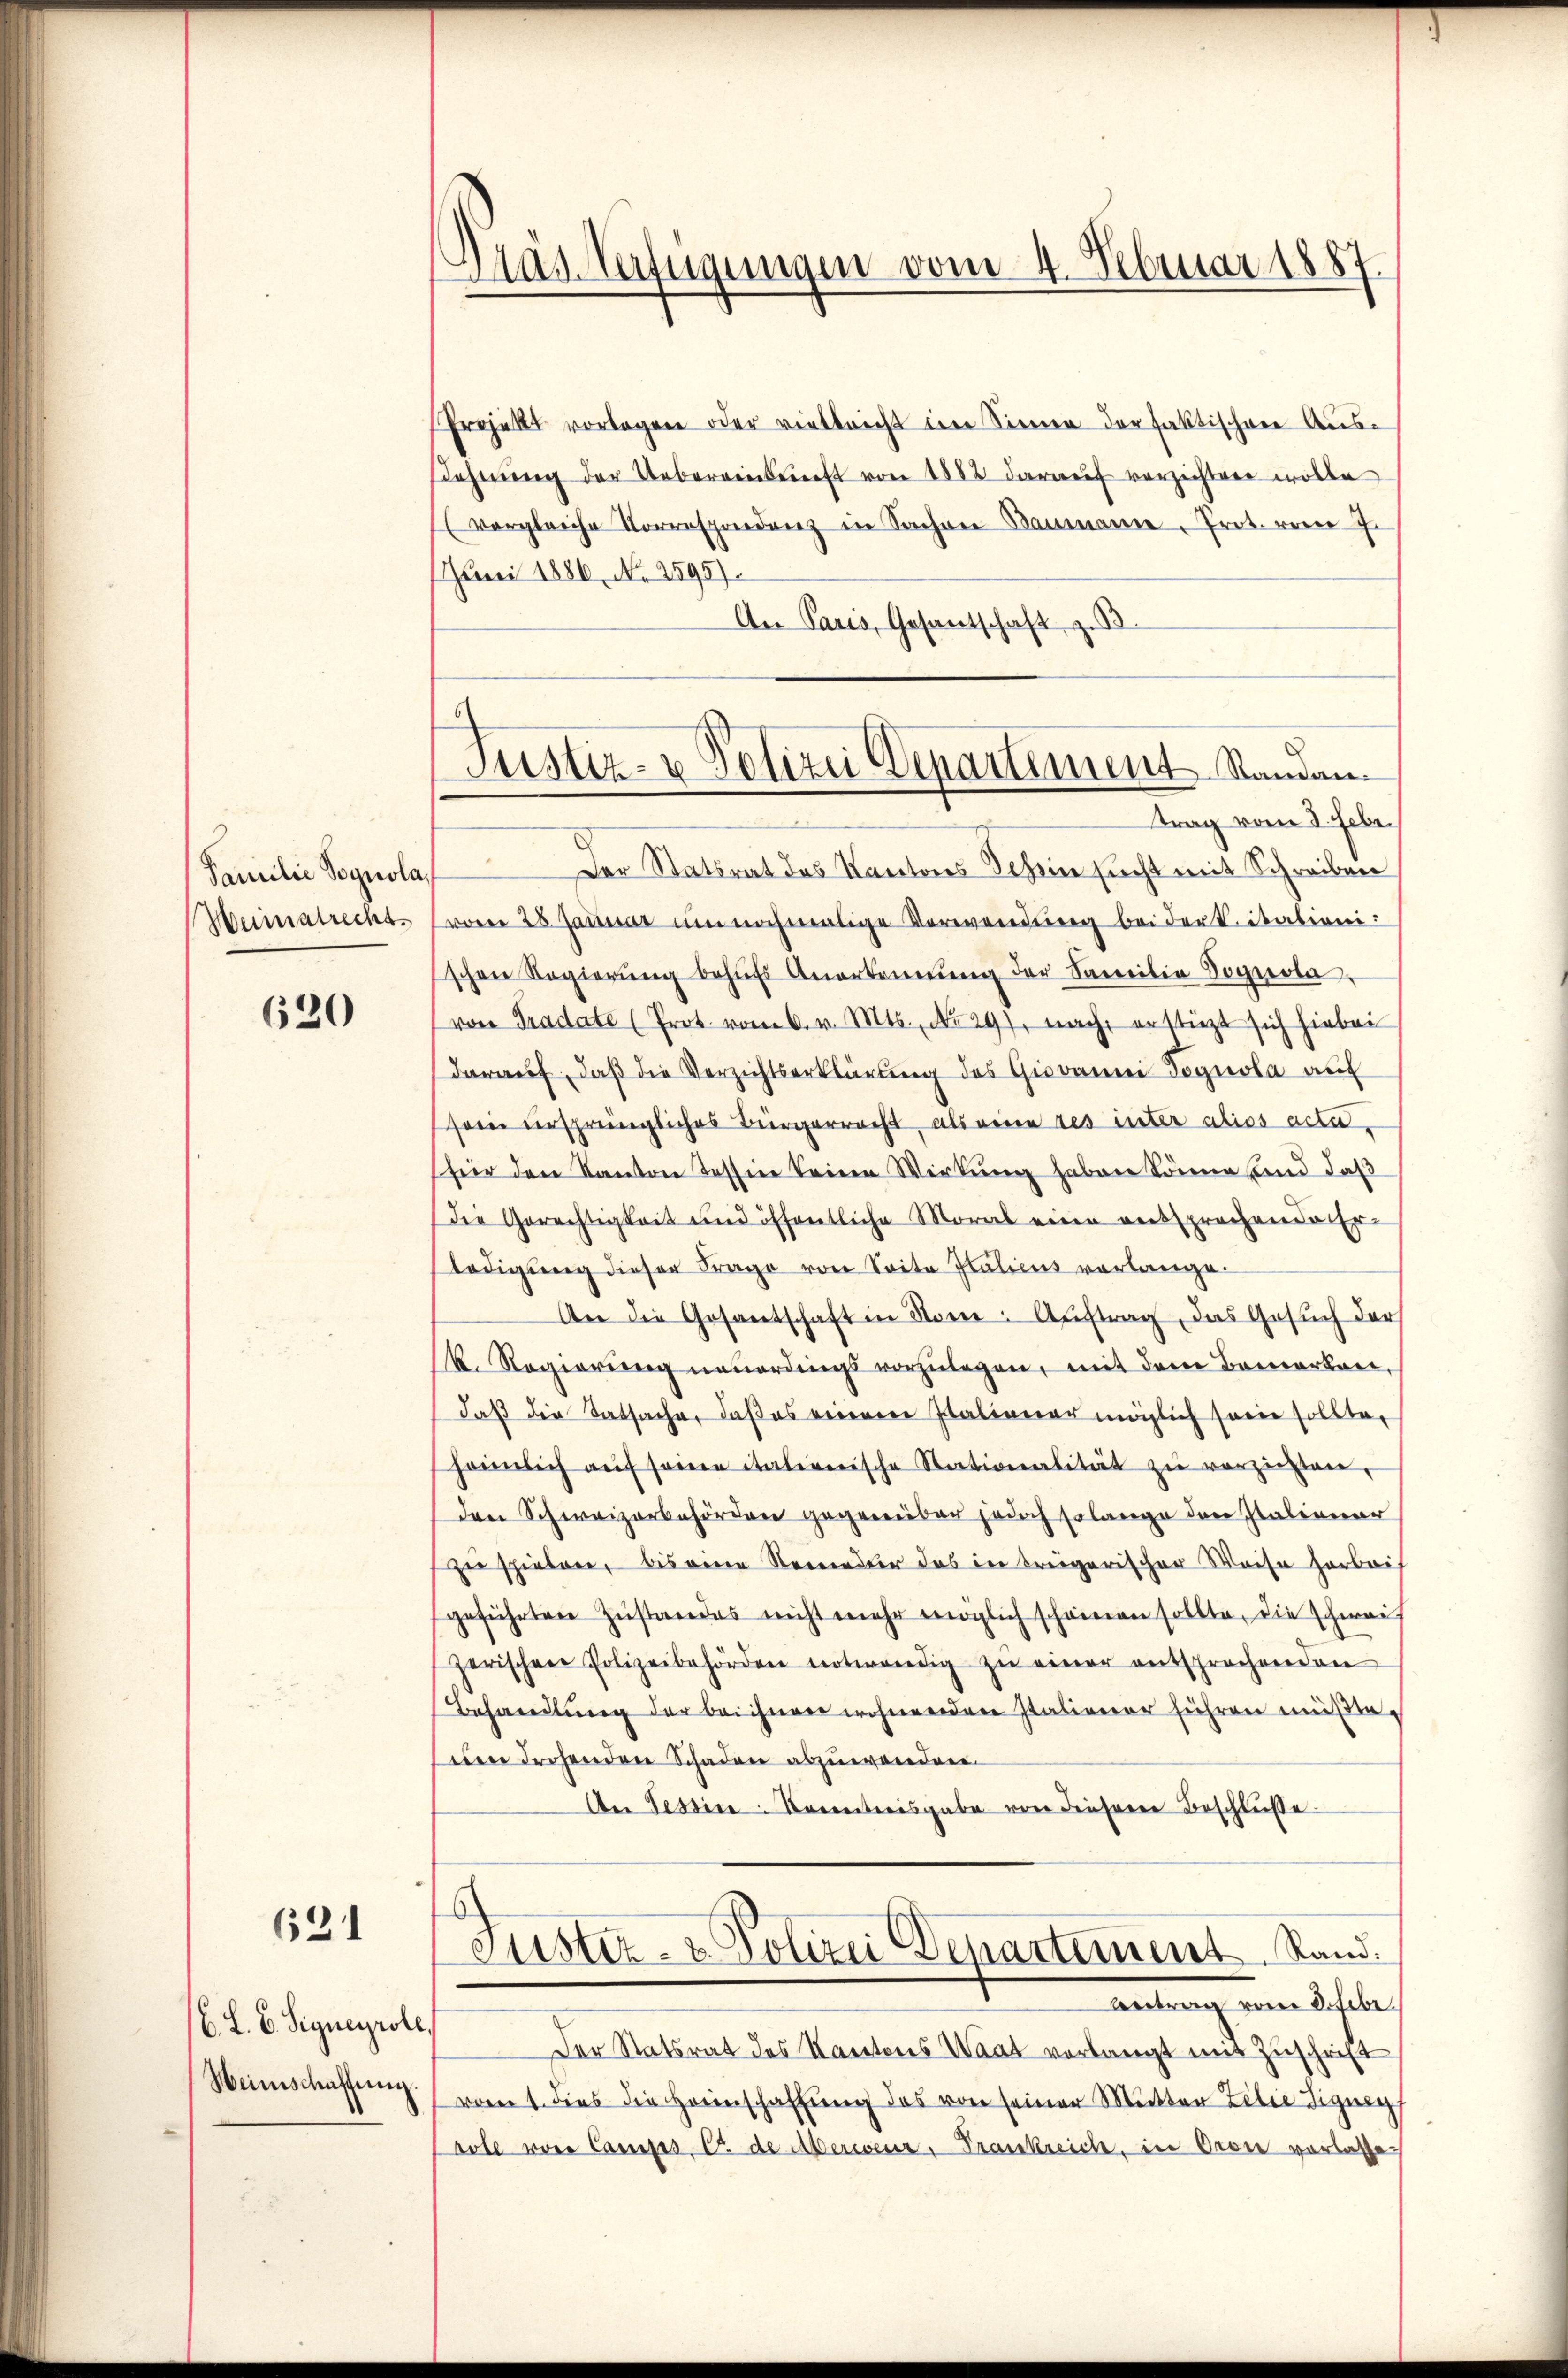
Familie Pognola,
Weimatrecht.

620

621

(6. L. B. Segneyrole
Weinschaffung.

Dräs. Verfügungen vom 4. Februar 1887

6
Justiz- & Polizei Departiment Standantrag vom 8. Febr.

Projekt vorlagen oder vielleicht ein Sinnen der faktischere Aus-
ehnung der Uebereinkunft von 1882 darauf verzichten wolle
(vergleiche Vorrespondenz in Sachen Baumanne Prot. vom 7.
Juni 1886, No 2595).
An Paris, Gesantschaft z. B.
Der Statsrat das Kantons Scheine sucht mit Schreiben
f
vom 28. Januar um nochmalige Verwendŭng bei der Citationi
schen Regierŭng behŭfs Anerkennung der Familie Sognola.
von Tradate (Prot. vom 6. v. Mts., No 29), nach erstiezt sich hiebei
daraŭf, daβ die Verzichtserklärung des Giovanni Tognola auf
sein ursprüngliches Bürgerrecht, als einen des inter alios acta
für den Kanton Tessin keinen Wirkung haben könne und daß
Die Gerechtigkeit und öffentliche Moral eine entsprochende Er-
ledigŭng dieser Frage von Seite Italiens verlange.
An die Gesantschaft in Nome: Auftrag, das Gesuch der
k. Regierŭng neŭerdings vorzŭlegen, mit dem Bemerkann,
daß die Tatsache, daß es einem Italiener möglich sowie sollte,
heimlich aŭf seine italienische Stationalität zŭ verziehen,
den Schweizerbehörden gegenüber jedoch solange der Italienar
gerschieben, bis eine Neuender das in treigerischer Weise herbei
geführten Zustandes nicht mehr möglich scheinen sollte, die schwei
zerischen Polizeibehörden notwendig zŭ einer entsprochenden
Behandlung der bei ihnen wohnenden Italiener führen müßraeen drohenden Schaden abzuwanden
Aer Tessine Kenntnisgabe von dieser Beschlüße
Tuster- & Polizei Departement Stand.
Antrag vom 8. Febr.
Der Statsrat des Kantones Waat verlangt mit Zuschrift
vom 1. dies die Herinschaffung das von seiner Mutter Lilie Signag
sole von Camps, C. de Merienr. Trankreich, in Oron vorlasse